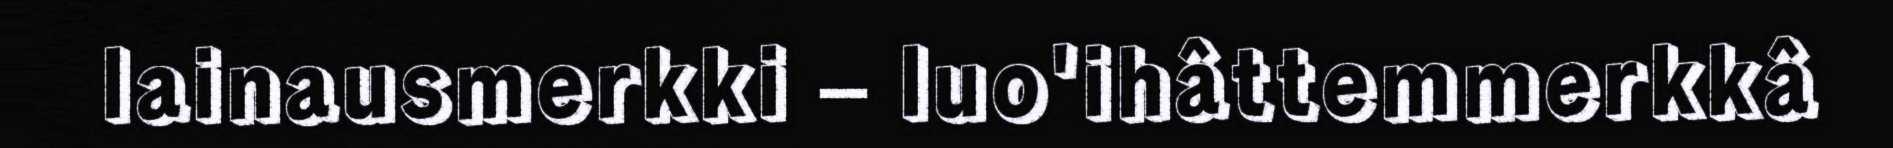
lainausmerkki – luo'ihâttemmerkkâ